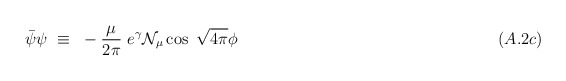
\begin{align*}\bar{\psi}\psi ~\equiv~ -\frac{\mu}{2\pi}~e^\gamma {\cal N}_\mu\cos~\sqrt{4\pi}\phi ~~~~~~~~~~~~~~~~~~~~~~~~~~~~~~~~~~~~~~~~~~~~~~~~(A.2c)\end{align*}